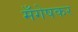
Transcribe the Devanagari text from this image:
मँगेषकर